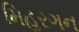
મિહરગન